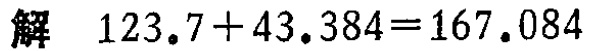
解 \(123.7 + 43.384 = 167.084\)